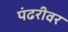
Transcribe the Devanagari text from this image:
पंढरीवर